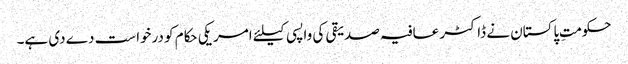
حکومتِ پاکستان نے ڈاکٹر عافیہ صدیقی کی واپسی کیلئے امریکی حکام کو درخواست دے دی ہے۔